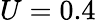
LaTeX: U=0.4